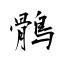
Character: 鶻